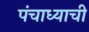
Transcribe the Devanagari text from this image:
पंचाध्याची